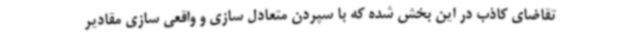
تقاضای کاذب در این بخش شده که با سپردن متعادل سازی و واقعی سازی مقادیر